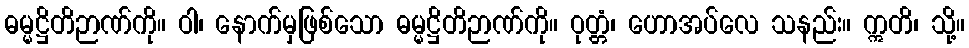
ဓမ္မဋ္ဌိတိဉာဏ်ကို။ ဝါ၊ နောက်မှဖြစ်သော ဓမ္မဋ္ဌိတိဉာဏ်ကို။ ဝုတ္တံ၊ ဟောအပ်လေ သနည်း။ ဣတိ၊ သို့။